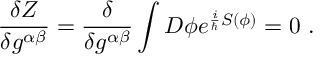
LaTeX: \frac { \delta Z } { \delta g ^ { \alpha \beta } } = \frac { \delta } { \delta g ^ { \alpha \beta } } \int { \cal D } \phi e ^ { \frac { i } { \hbar } S ( \phi ) } = 0 \ .